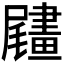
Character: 𦘧